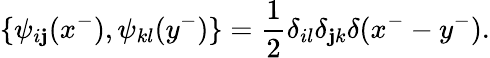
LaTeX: \{ \psi_{i\mathbf{j}}(x^{-}),\psi_{kl}(y^{-})\} =\frac{{1}}{{2}}\delta_{il}\delta_{\mathbf{j}k}\delta(x^{-}-y^{-}).